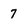
Character: 7